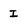
Character: I